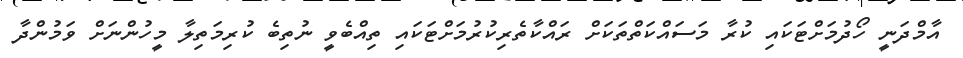
އާމްދަނީ ހޯދުމަށްޓަކައި ކުރާ މަސައްކަތްތަކަށް ރައްކާތެރިކުރުމަށްޓަކައި ތިއްބެވީ ނުތިބެ ކުރިމަތިލާ މީހުންނަށް ވަމުންދާ